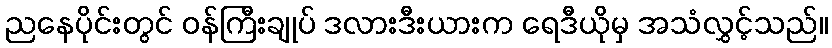
ညနေပိုင်းတွင် ဝန်ကြီးချုပ် ဒလားဒီးယားက ရေဒီယိုမှ အသံလွှင့်သည်။